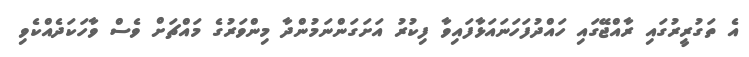
އެ ތަގުރީރުގައި ރާއްޖޭގައި ހައްދުފަހަނައަޅާފައިވާ ފިކުރު އަށަގަންނަމުންދާ މިންވަރުގެ މައްޗަށް ވެސް ވާހަކަދެއްކެވި